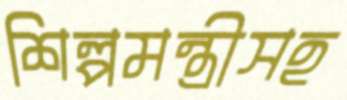
শিল্পমন্ত্রীসহ